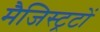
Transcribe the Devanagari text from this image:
मैजिस्ट्रटों